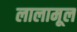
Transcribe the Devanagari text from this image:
लालामूल